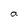
Character: a